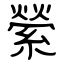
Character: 縈